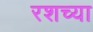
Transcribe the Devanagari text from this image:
रशच्या